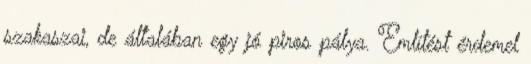
szakaszai, de általában egy jó piros pálya. Említést érdemel